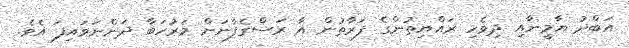
އަބްދު ޔާމީނާއި ދިވެހި ރައްޔިތުންގެ ފަރާތުން އާ ރަސްގެފާނަށް މަރުހަބާ ދަންނަވައިފަ އެވެ.